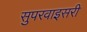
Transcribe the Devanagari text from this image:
सुपरवाइसरी